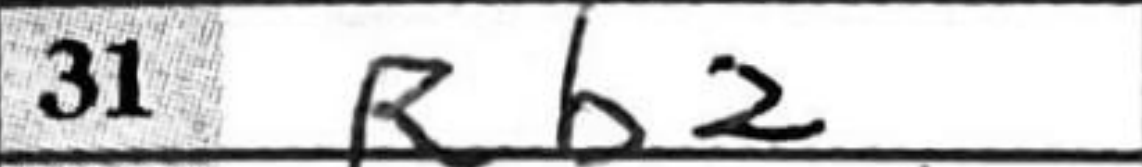
Transcription: Rb2